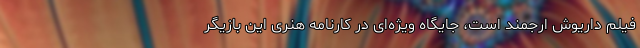
فیلم داریوش ارجمند است، جایگاه ویژه‌ای در کارنامه هنری این بازیگر